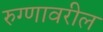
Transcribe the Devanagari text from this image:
रुग्णावरील